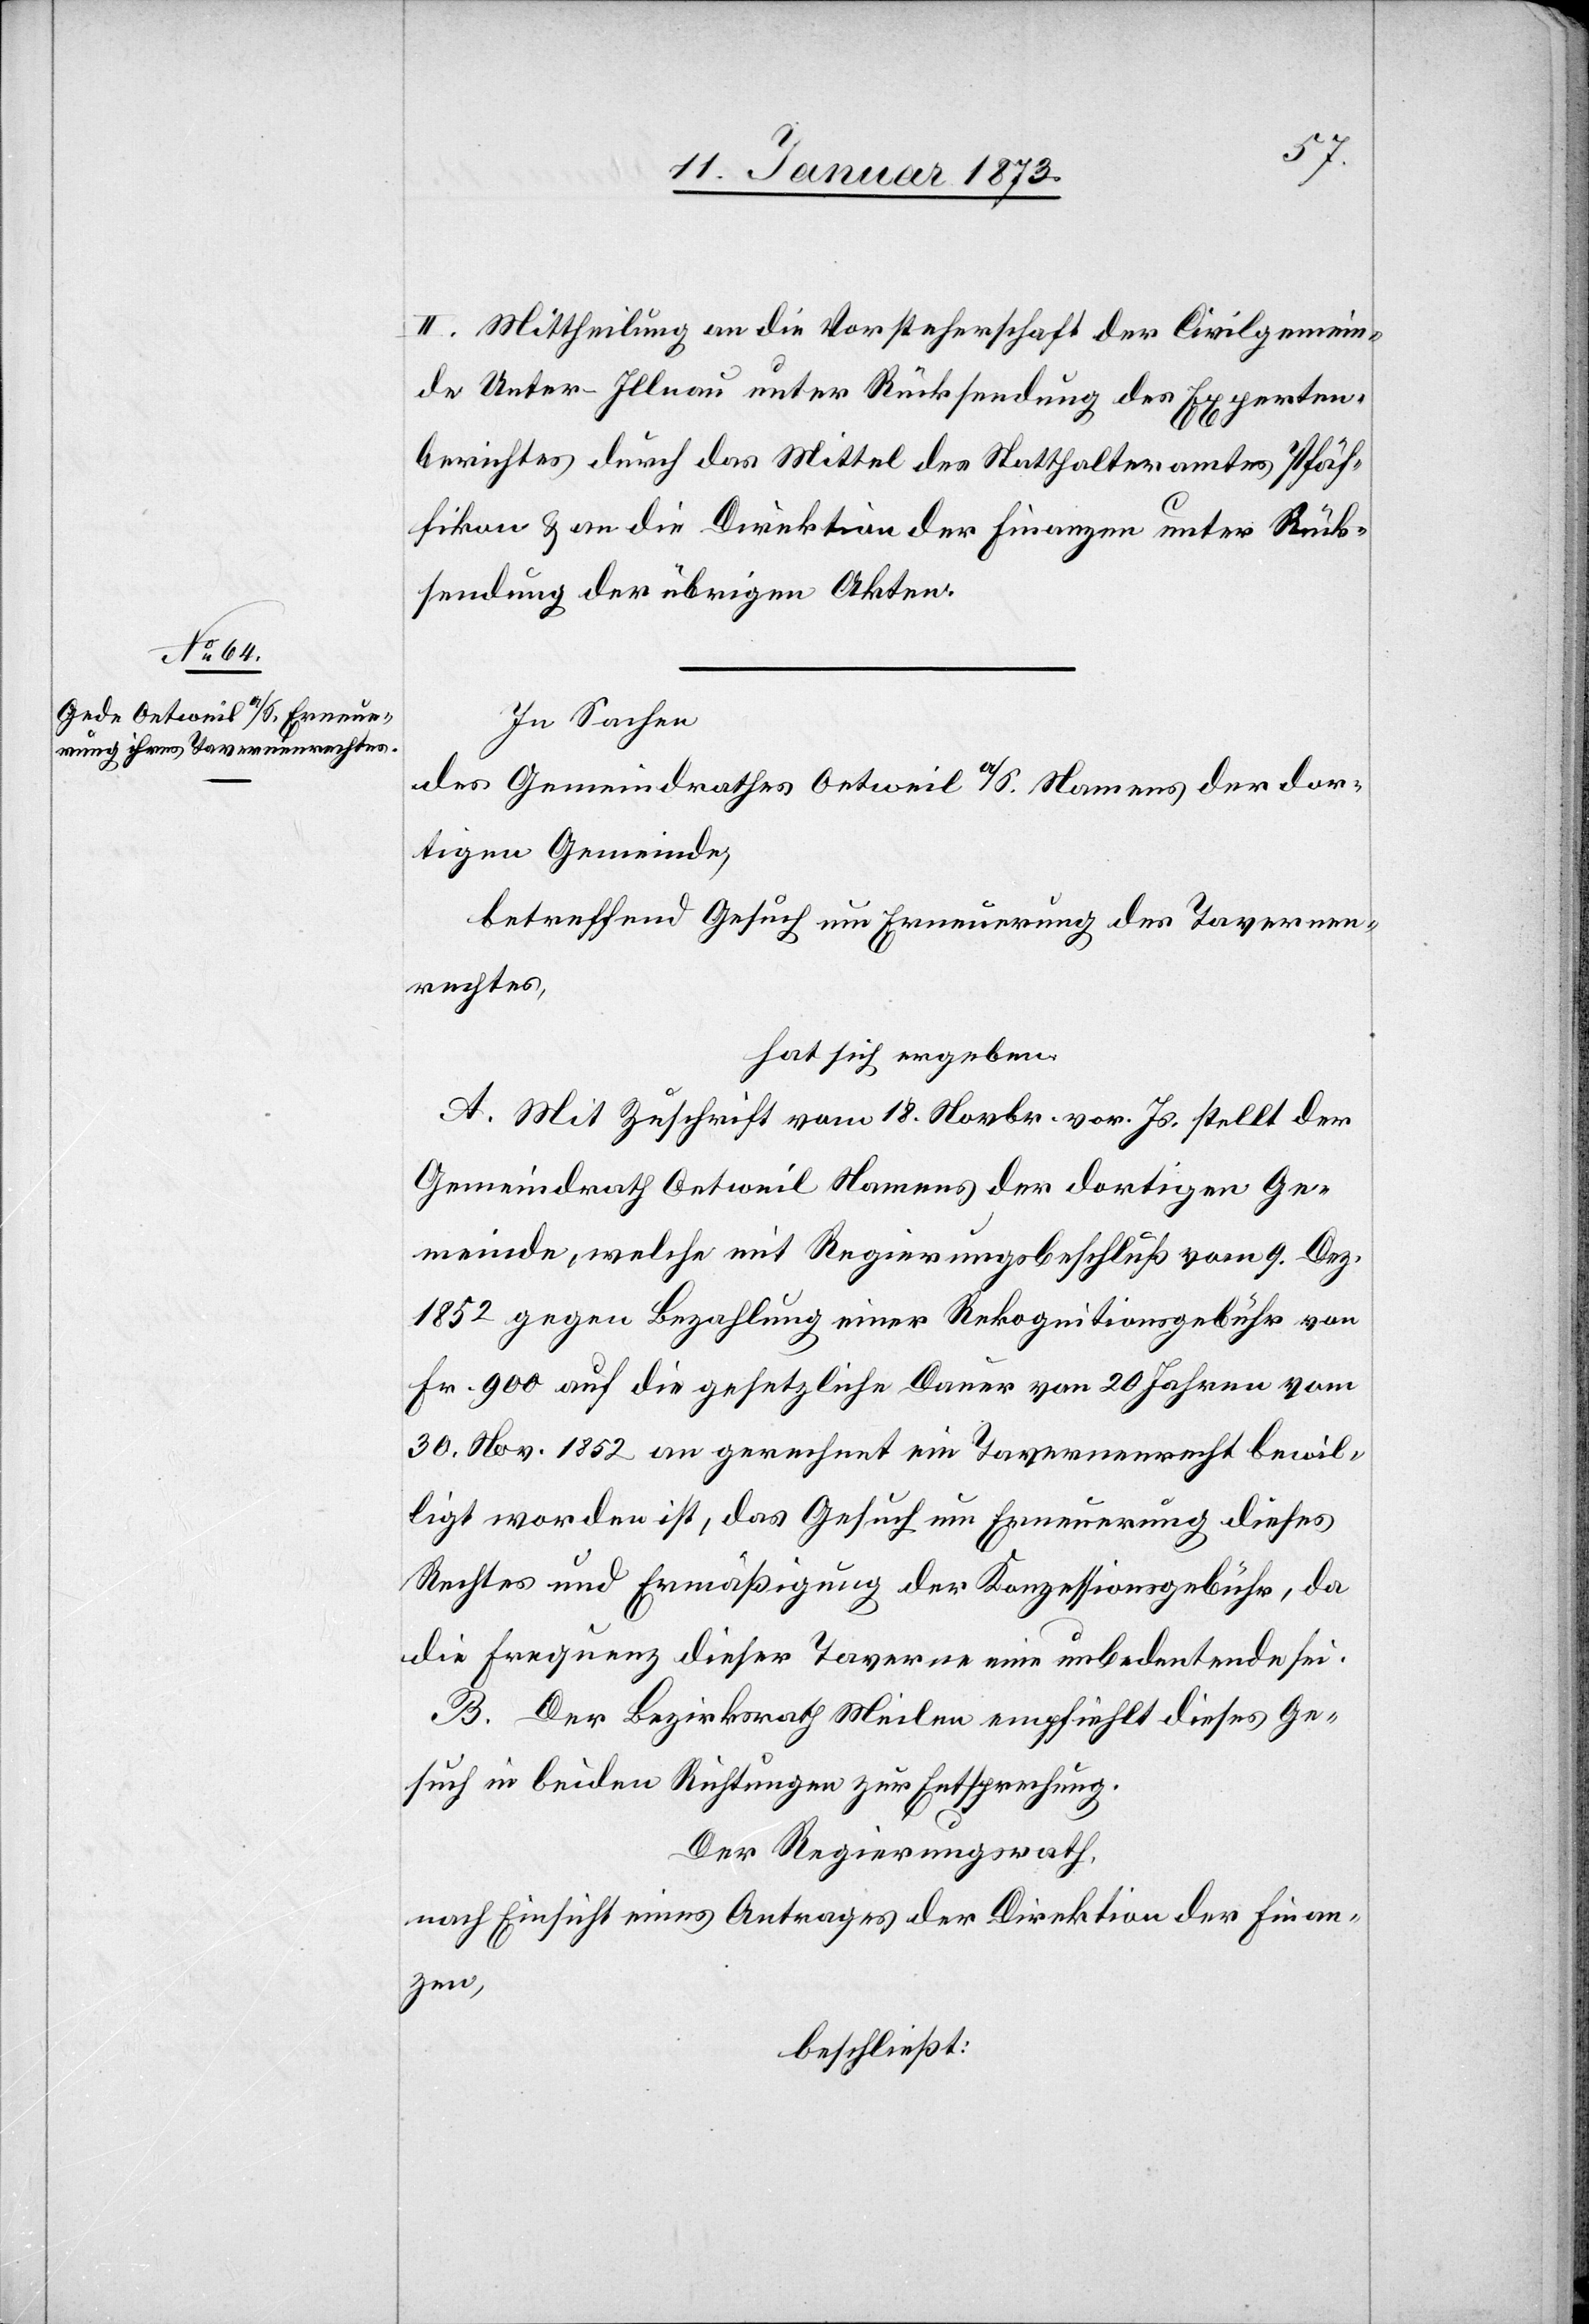
II. Mittheilung an die Vorsteherschaft der Civilgemein¬
de Unter-Illnau unter Rücksendung des Experten¬
berichtes durch das Mittel des Statthalteramtes Pfäf¬
fikon & an die Direktion der Finanzen unter Rück¬
sendung der übrigen Akten.
In Sachen
des Gemeindrathes Oetweil a./S. Namens der dor¬
tigen Gemeinde,
betreffend Gesuch um Erneuerung des Tavernen¬
rechtes,
hat sich ergeben
A. Mit Zuschrift vom 18. Novbr. vor. Js. stellt der
Gemeindrath Oetweil Namens der dortigen Ge¬
meinde, welche mit Regierungsbeschluß vom 9. Dez.
1852 gegen Bezahlung einer Rekognitionsgebühr von
Fr. 900 auf die gesetzliche Dauer von 20 Jahren vom
30. Nov. 1852 an gerechnet im Tavernenrecht bewil¬
ligt worden ist, das Gesuch um Erneuerung dieses
Rechtes und Ermäßigung der Konzessionsgebühr, da
die Frequenz dieser Taverne eine unbedeutende sei.
B. Der Bezirksrath Meilen empfiehlt dieses Ge¬
such in beiden Richtungen zur Entsprechung.
Der Regierungsrath,
nach Einsicht eines Antrages der Direktion der Finan¬
zen,
beschließt: